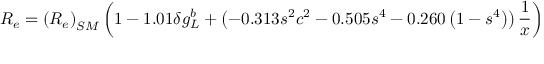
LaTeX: R _ { e } = \left( R _ { e } \right) _ { S M } \left( 1 - 1 . 0 1 \delta g _ { L } ^ { b } + \left( - 0 . 3 1 3 s ^ { 2 } c ^ { 2 } - 0 . 5 0 5 s ^ { 4 } - 0 . 2 6 0 \left( 1 - s ^ { 4 } \right) \right) { \frac { 1 } { x } } \right)